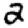
Digit: 2